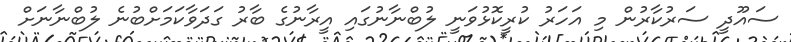
ސައޫދީ ސަރުކާރުން މި އަހަރު ކުރީކޮޅުވަނީ ލުބްނާނުގައި އީރާނުގެ ބާރު ގަދަވާކަމަށްބުނެ ލުބްނާނަށް